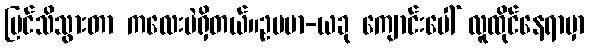
မြင်သိသွားတာ ကလေးပဲရှိတယ်။ဥပမာ-ယခု ကျောင်းပေါ် လူထိုင်နေရာမှာ